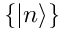
\{ | n \rangle \}